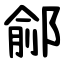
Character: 鄃